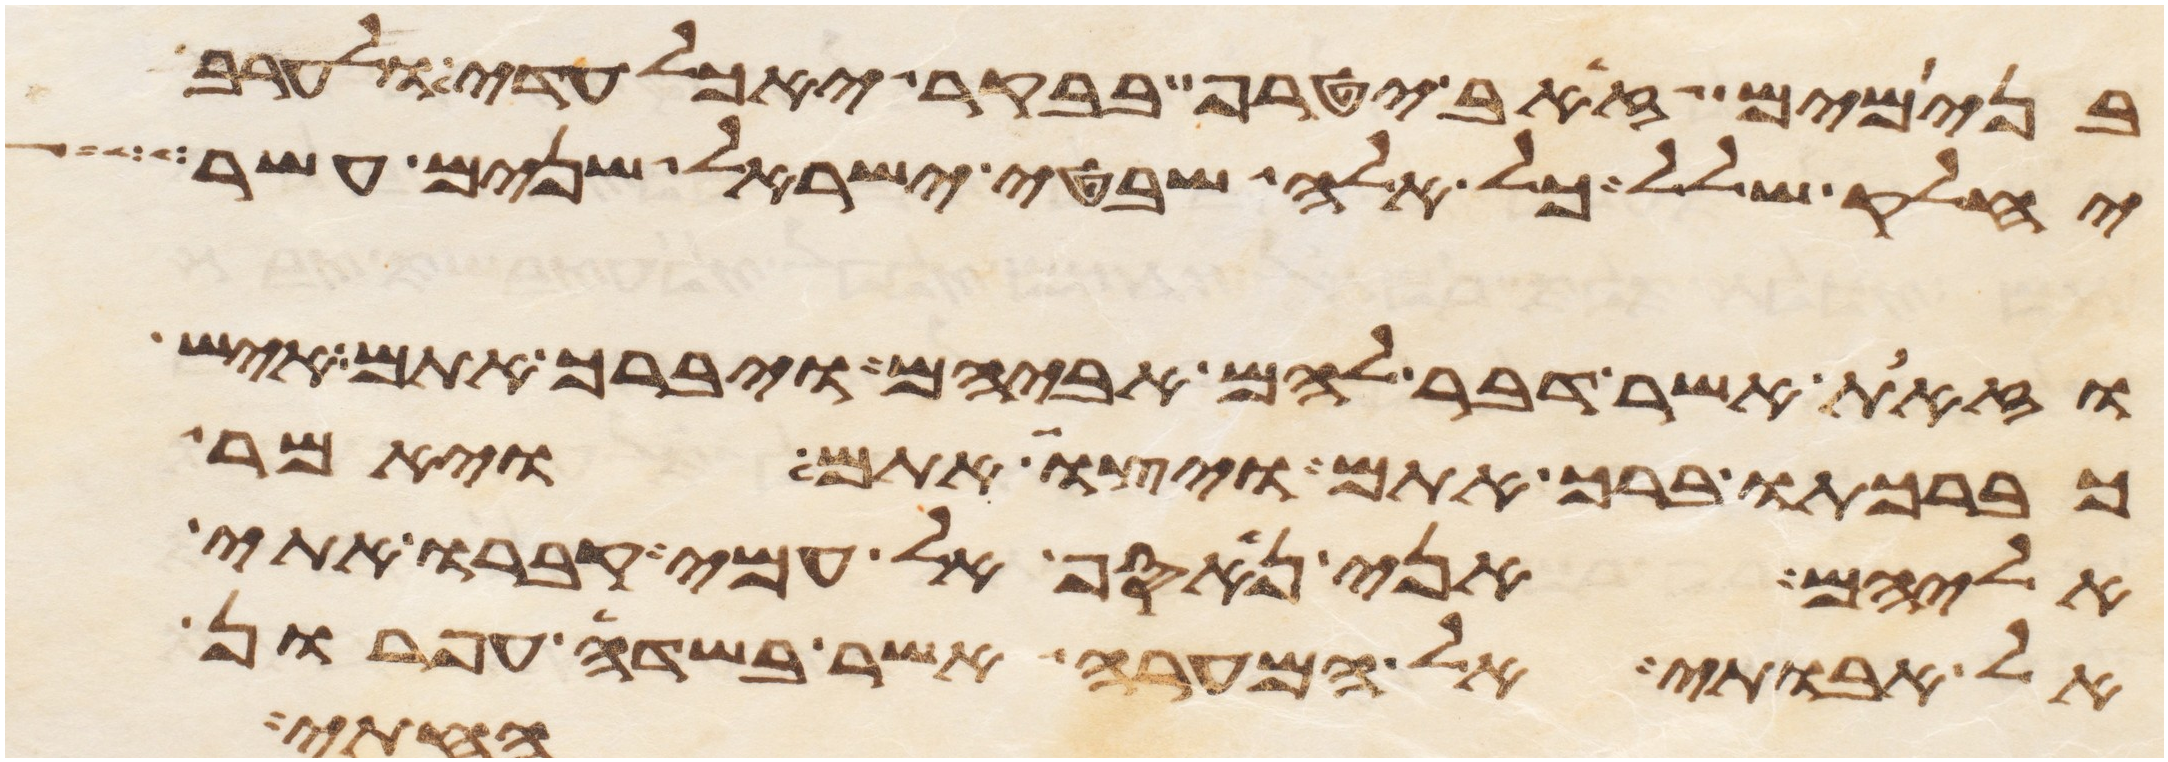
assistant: בנימים זאב יטרף בבקר יאכל עדי ולערב
יחלק שלל כל אלה שבטי ישראל שנים עשר
וזאת אשר דבר להם אביהם ויברך אתם איש
כברכתו ברך אתם ויצו אתם ויאמר
אליהם אני נאסף אל עמי קברו אתי
אל אבותי אל המערה אשר בשדה עפרון